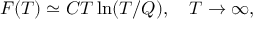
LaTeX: F ( T ) \simeq C T \ln ( T / Q ) , \quad T \to \infty ,